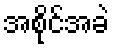
အစိုင်အခဲ